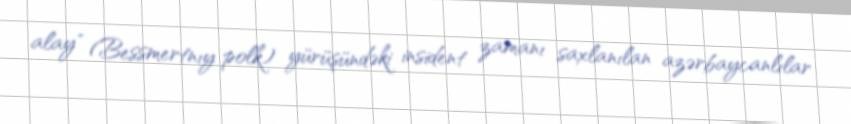
alay" (Bessmertnıy polk) yürüşündəki insident zamanı saxlanılan azərbaycanlılar